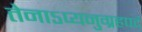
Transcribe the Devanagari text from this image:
तेनाऽप्यनुग्रहपदं